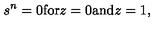
s ^ { n } = 0 \mathrm { f o r } z = 0 \mathrm { a n d } z = 1 ,